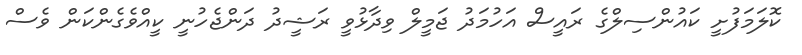
ކޮލަމަފުށީ ކައުންސިލްގެ ރައީސް އަހުމަދު ޖަމީލް ވިދާޅުވީ ރަޝީދު ދަންޖެހުނީ ކީއްވެގެންކަން ވެސް